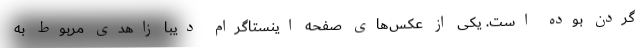
گردن بوده است. یکی از عکس‌های صفحه اینستاگرام دیبا زاهدی مربوط به